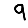
Digit: 9